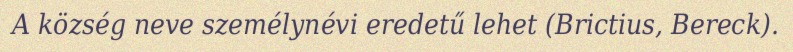
A község neve személynévi eredetű lehet (Brictius, Bereck).